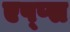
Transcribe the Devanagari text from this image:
एप्प्स